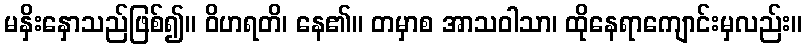
မနှိးနှောသည်ဖြစ်၍။ ဝိဟရတိ၊ နေ၏။ တမှာစ အာသဝါသာ၊ ထိုနေရာကျောင်းမှလည်း။